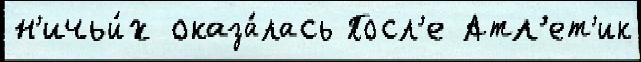
н'ичьи́х оказа́лась Посл'е Атл'ет'ик